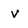
Character: v